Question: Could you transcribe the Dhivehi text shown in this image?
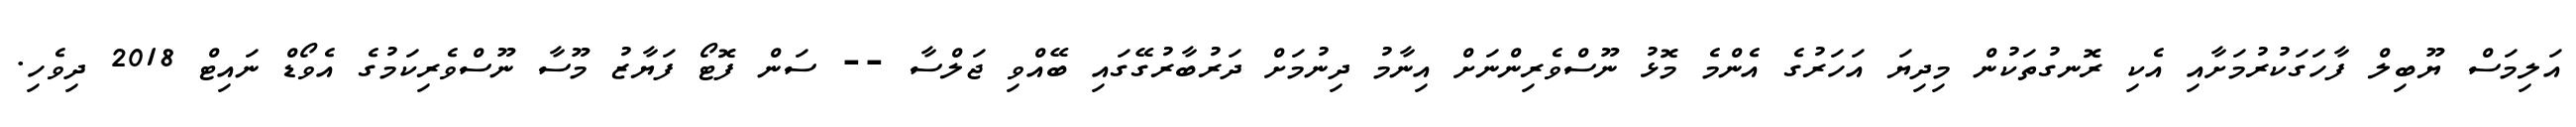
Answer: އަލިމަސް ޔޫބިލް ފާހަގަކުރުމަށާއި އެކި ރޮނގުތަކުން މިދިޔަ އަހަރުގެ އެންމެ މޮޅު ނޫސްވެރިންނަށް އިނާމު ދިނުމަށް ދަރުބާރުގޭގައި ބޭއްވި ޖަލްސާ -- ސަން ފޮޓޯ ފަޔާޒު މޫސާ ނޫސްވެރިކަމުގެ އެވޯޑް ނައިޓް 2018 ދިވެހި.